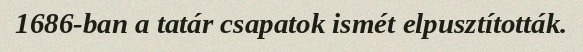
1686-ban a tatár csapatok ismét elpusztították.